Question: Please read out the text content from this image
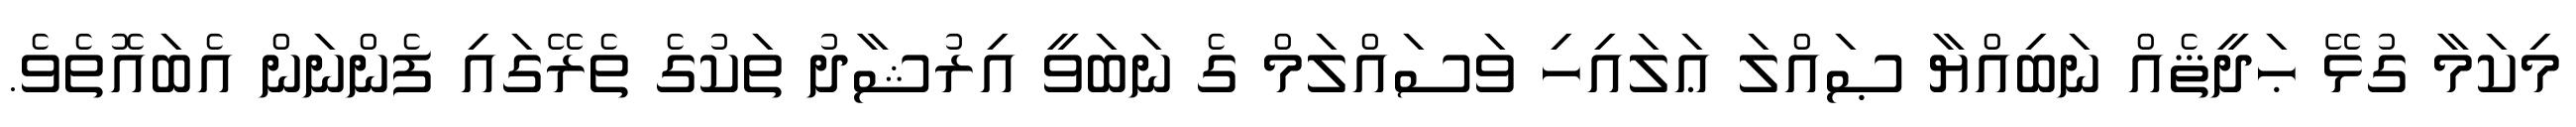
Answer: މިކަމާ ގުޅޭ ޙަދީޘެއް ނަބިއްޔާ ޞައްލަ ޢަލައިހި ވަސައްލަމް ގެ ނަބަވީ އިރުޝާދު ތަކުގެ ތެރޭގައި ފެންނަން އެބައޮތެވެ.